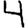
Digit: 4